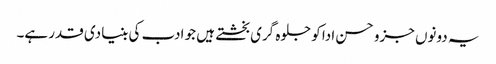
یہ دونوں جزو حسن ادا کو جلوہ گری بخشتے ہیں جو ادب کی بنیادی قدر ہے۔